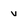
Character: v